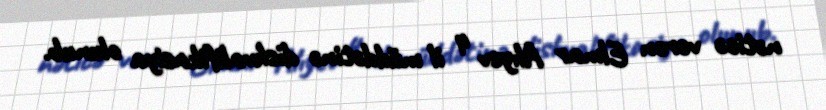
nəticə verən Elmar Alıyev 4 il müddətinə diskvalifikasiya olunub.